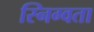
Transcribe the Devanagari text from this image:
स्निग्वता